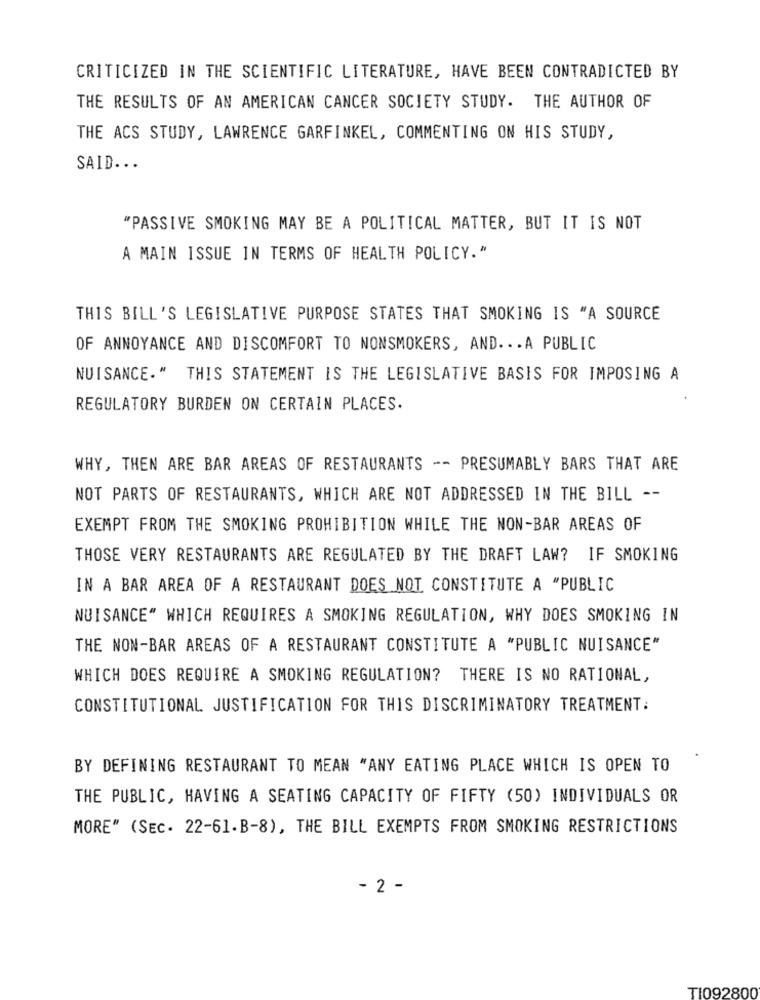
CRITICIZED IN THE SCIENTIFIC LITERATURE, HAVE BEEN CONTRADICTED BY
THE RESULTS OF AN AMERICAN CANCER SOCIETY STUDY. THE AUTHOR OF
THE ACS STUDY, LAWRENCE GARFINKEL, COMMENTING ON HIS STUDY,
SAID ...
"PASSIVE SMOKING MAY BE A POLITICAL MATTER, BUT IT IS NOT
A MAIN ISSUE IN TERMS OF HEALTH POLICY."
THIS BILL'S LEGISLATIVE PURPOSE STATES THAT SMOKING IS "A SOURCE
OF ANNOYANCE AND DISCOMFORT TO NONSMOKERS, AND .. . A PUBLIC
NUISANCE." THIS STATEMENT IS THE LEGISLATIVE BASIS FOR IMPOSING A
REGULATORY BURDEN ON CERTAIN PLACES.
WHY, THEN ARE BAR AREAS OF RESTAURANTS -- PRESUMABLY BARS THAT ARE
NOT PARTS OF RESTAURANTS, WHICH ARE NOT ADDRESSED IN THE BILL --
EXEMPT FROM THE SMOKING PROHIBITION WHILE THE NON-BAR AREAS OF
THOSE VERY RESTAURANTS ARE REGULATED BY THE DRAFT LAW? IF SMOKING
IN A BAR AREA OF A RESTAURANT DOES NOT CONSTITUTE A "PUBLIC
NUISANCE" WHICH REQUIRES A SMOKING REGULATION, WHY DOES SMOKING IN
THE NON-BAR AREAS OF A RESTAURANT CONSTITUTE A "PUBLIC NUISANCE"
WHICH DOES REQUIRE A SMOKING REGULATION? THERE IS NO RATIONAL,
CONSTITUTIONAL JUSTIFICATION FOR THIS DISCRIMINATORY TREATMENT:
BY DEFINING RESTAURANT TO MEAN "ANY EATING PLACE WHICH IS OPEN TO
THE PUBLIC, HAVING A SEATING CAPACITY OF FIFTY (50) INDIVIDUALS OR
MORE" (SEC. 22-61.B-8), THE BILL EXEMPTS FROM SMOKING RESTRICTIONS
- 2 -
TI092800